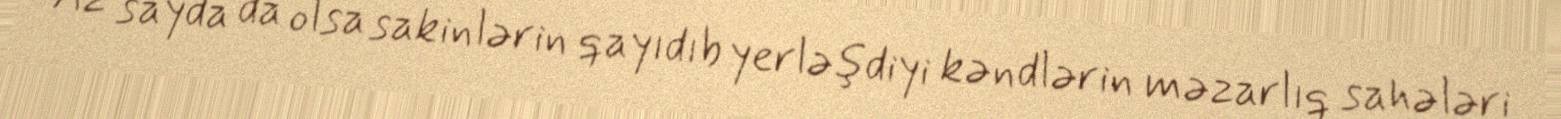
Az sayda da olsa sakinlərin qayıdıb yerləşdiyi kəndlərin məzarlıq sahələri